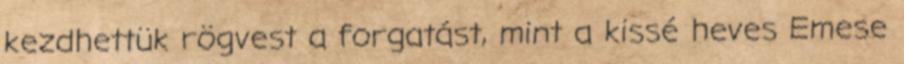
kezdhettük rögvest a forgatást, mint a kissé heves Emese